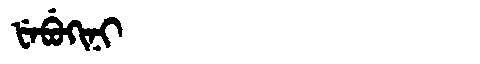
Manchu: ᡶᡝᠪᡠᡴᡳᠨᡳ
Romanization: FEBUKINI